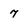
Character: 7